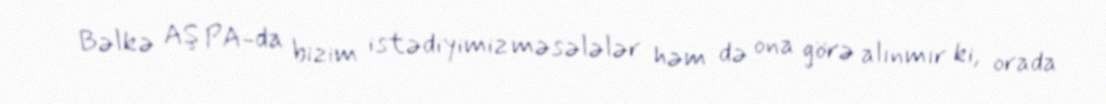
Bəlkə AŞ PA-da bizim istədiyimiz məsələlər həm də ona görə alınmır ki, orada